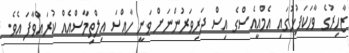
ޒާހިރުގެ ވާހަކަފުޅުގައި އެމްއީއެސްގެ އިސް ދަރިވަރުންނަށް ވަނީ ހާއްސަ އިލްތިމާސްއެއް ކުރައްވާފަ އެވެ.